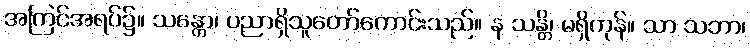
အကြင်အရပ်၌။ သန္တော၊ ပညာရှိသူတော်ကောင်းသည်။ န သန္တိ၊ မရှိကုန်။ သာ သဘာ၊